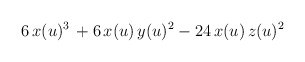
\begin{align*}6 \, x(u)^3 \, + 6 \, x(u) \, y(u)^2 - 24 \, x(u) \, z(u)^2\end{align*}